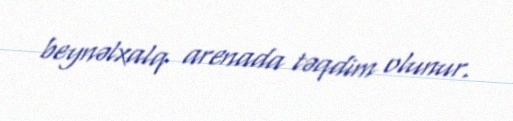
beynəlxalq arenada təqdim olunur.